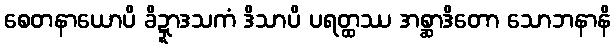
စေတနာယောပိ ခိဍ္ဍာဒသကံ ဒိသာပိ ပရတ္ထဿ အစ္ဆာဒိတော သောဘနာနိ